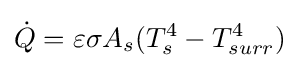
{\dot {Q}}=\varepsilon \sigma A_{s}(T_{s}^{4}-T_{surr}^{4})